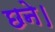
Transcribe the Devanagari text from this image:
छने।